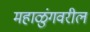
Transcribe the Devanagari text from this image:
महाळुंगवरील